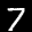
Label: 7